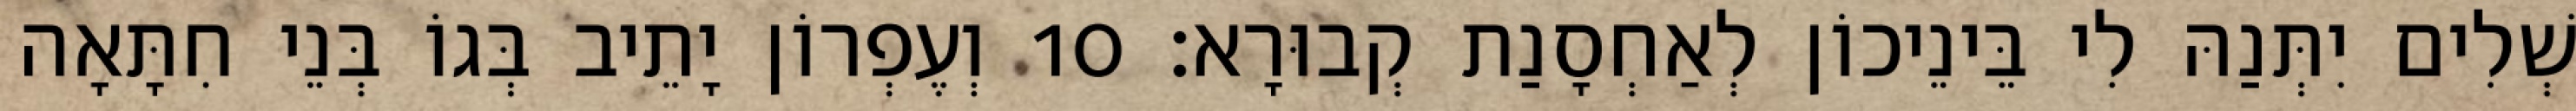
שְׁלִים יִתְּנַהּ לִי בֵּינֵיכוֹן לְאַחְסָנַת קְבוּרָא׃ 10 וְעֶפְרוֹן יָתֵיב בְּגוֹ בְּנֵי חִתָּאָה